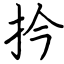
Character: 扲